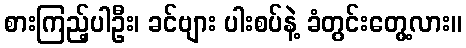
စားကြည့်ပါဦး၊ ခင်ဗျား ပါးစပ်နဲ့ ခံတွင်းတွေ့လား။